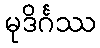
မုဒိင်္ဂဿ